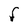
Character: F